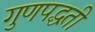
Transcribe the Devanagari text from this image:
गुणपद्धती